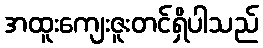
အထူးကျေးဇူးတင်ရှိပါသည်